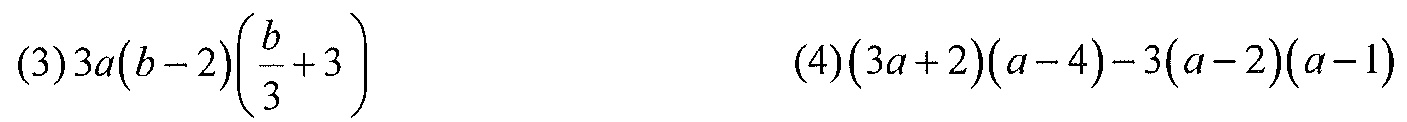
(3)\(3a(b - 2)\left(\dfrac{b}{3}+3\right)\)  (4)\((3a + 2)(a - 4)-3(a - 2)(a - 1)\)